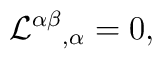
{{\cal L}^{\alpha\beta}}_{,\alpha}=0,